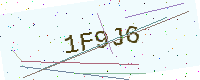
Text: 1F9J6